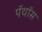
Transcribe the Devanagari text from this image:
पॅथॉस